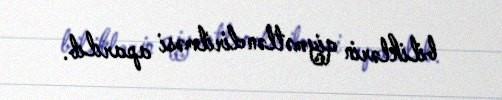
biliklərin qiymətləndirilməsi aparılıb.